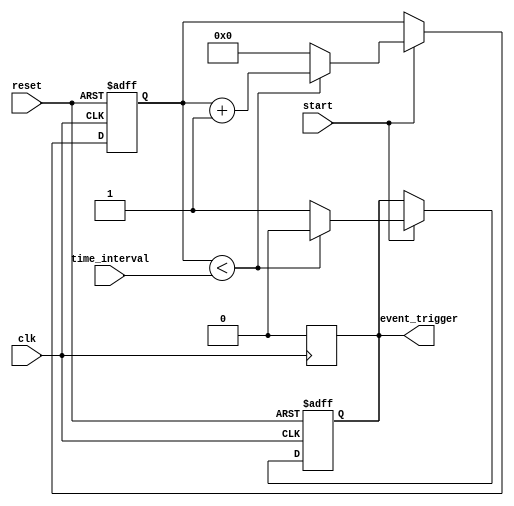
module timer_event_control (
    input wire clk,                // Clock signal
    input wire reset,              // Asynchronous reset signal
    input wire [31:0] time_interval, // Time interval in clock cycles
    input wire start,              // Control signal to start the timer
    output reg event_trigger        // Event trigger output
);

    reg [31:0] counter;            // Internal counter

    // Asynchronous reset and timer operation
    always @(posedge clk or posedge reset) begin
        if (reset) begin
            counter <= 32'b0;       // Reset counter to zero
            event_trigger <= 1'b0;  // Hold event_trigger low
        end else if (start) begin
            if (counter < time_interval) begin
                counter <= counter + 1; // Increment counter
                event_trigger <= 1'b0;   // Keep event_trigger low
            end else begin
                event_trigger <= 1'b1;    // Trigger event
                counter <= 32'b0;         // Reset counter after event
            end
        end
    end

    // Ensure event_trigger is low after one clock cycle
    always @(posedge clk) begin
        if (event_trigger) begin
            event_trigger <= 1'b0; // Reset event_trigger after one clock cycle
        end
    end

endmodule